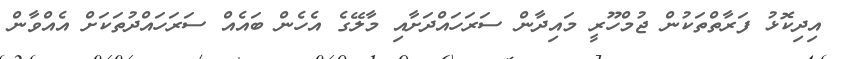
އިދިކޮޅު ފަރާތްތަކުން ޖުމްހޫރީ މައިދާން ސަރަހައްދަށާއި މާލޭގެ އެހެން ބައެއް ސަރަހައްދުތަކަށް އެއްވާން